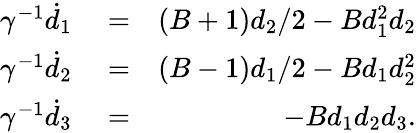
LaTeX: \begin{array}{rlr}{\gamma^{-1}\dot{d}_{1}}&{{}=}&{(B+1)d_{2}/2-Bd_{1}^{2}d_{2}}\\ {\gamma^{-1}\dot{d}_{2}}&{{}=}&{(B-1)d_{1}/2-Bd_{1}d_{2}^{2}}\\ {\gamma^{-1}\dot{d}_{3}}&{{}=}&{-Bd_{1}d_{2}d_{3}.}\end{array}